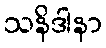
သနိဒါနာ